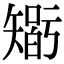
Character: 𥏼